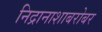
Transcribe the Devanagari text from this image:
निद्रानाशाबरोबर